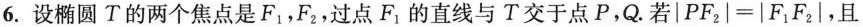
6.设椭圆T的两个焦点是F_{1}，F_{2}，过点F_{1}的直线与T交于点P，Q.若$$|PF_{2}|=|F_{1}F_{2}|$$，且